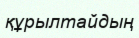
құрылтайдың